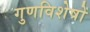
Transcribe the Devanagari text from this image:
गुणविशेषों